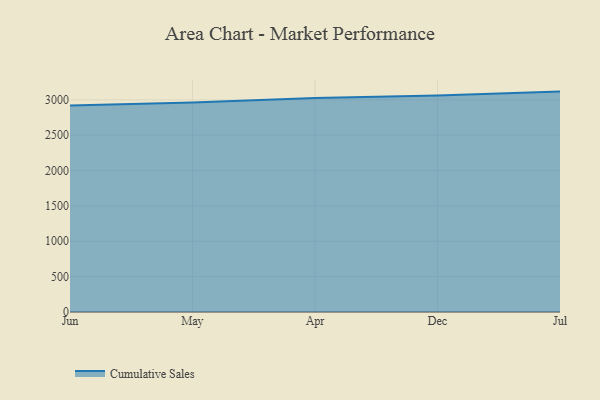
{"axis": {"x": "Month", "y": "Active Users"}, "legend": ["Cumulative Sales"], "data": [{"x": "Jun", "y": 2921.5, "type": "Cumulative Sales"}, {"x": "May", "y": 2963.6, "type": "Cumulative Sales"}, {"x": "Apr", "y": 3027.7, "type": "Cumulative Sales"}, {"x": "Dec", "y": 3061.6, "type": "Cumulative Sales"}, {"x": "Jul", "y": 3116.7, "type": "Cumulative Sales"}]}